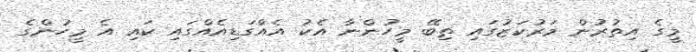
މީގެ އިތުރުން މަރުކަޒުގައި ތިބޭ މީހުންނާ އެކު އެއްގަޑިއެއްގައި ކައި އެ މީހުންގެ